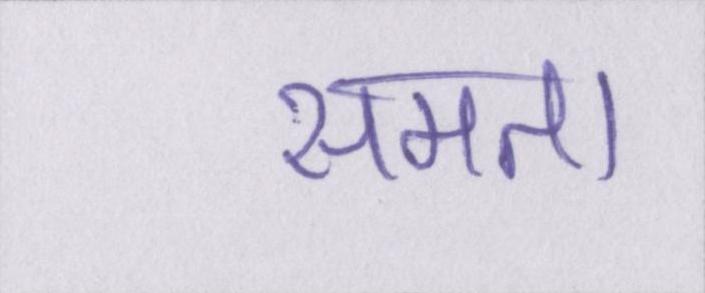
समता